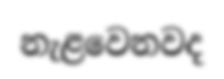
නැළවෙනවද